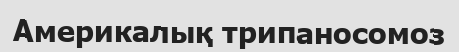
Америкалық трипаносомоз